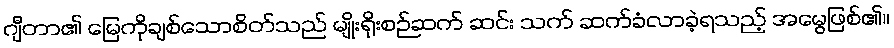
ဂျီတာ၏ မြေကိုချစ်သောစိတ်သည် မျိုးရိုးစဉ်ဆက် ဆင်း သက် ဆက်ခံလာခဲ့ရသည့် အမွေဖြစ်၏။